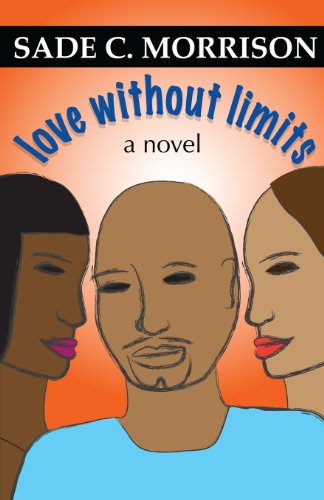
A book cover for Love Without Limits; Sade C. Morrison; Literature & Fiction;